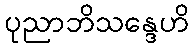
ပုညာဘိသန္ဒေဟိ